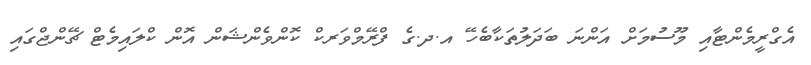
އެގްރީމެންޓާއި މޫސުމަށް އަންނަ ބަދަލުތަކާބެހޭ އ.ދ.ގެ ފްރޭމްވަރކް ކޮންވެންޝަން އޮން ކްލައިމެޓް ޗޭންޖްގައި